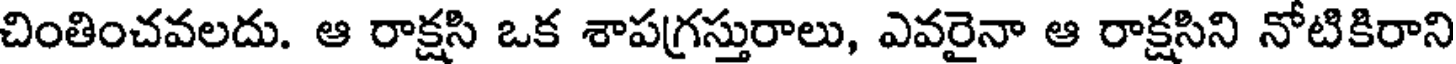
చింతించవలదు. ఆ రాక్షసి ఒక శాపగ్రస్తురాలు, ఎవరైనా ఆ రాక్షసిని నోటికిరాని